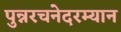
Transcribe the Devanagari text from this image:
पुन्नरचनेदरम्यान